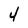
Character: 4